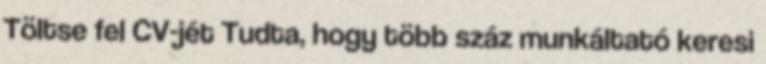
Töltse fel CV-jét Tudta, hogy több száz munkáltató keresi